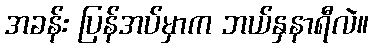
အခန်း ပြန်အပ်မှာက ဘယ်နှနာရီလဲ။